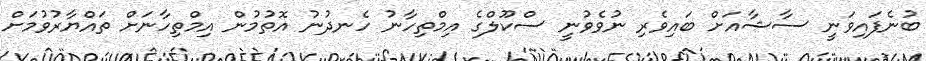
ބުނެފައިވަނީ ސާޝާއަށް ބައިވެރި ނުވެވުނީ ސްކޫލްގެ އިމްތިހާނު ހެނދުނު އޮތުމުން އިމްތިހާނަށް ތައްޔާރުވުމަށް